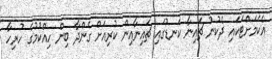
އެކަމަށްޓަކައި ދެކުނު ޗައިނާ ކަނޑުގައި ޗައިނާއިން ކުރިއަށް ގެންދާ ބިން ހިއްކުމުގެ ހުރިހާ